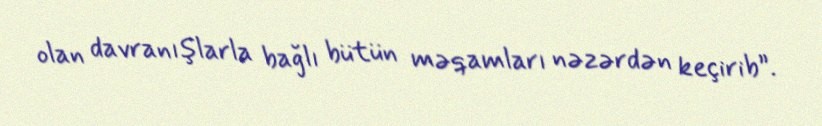
olan davranışlarla bağlı bütün məqamları nəzərdən keçirib”.